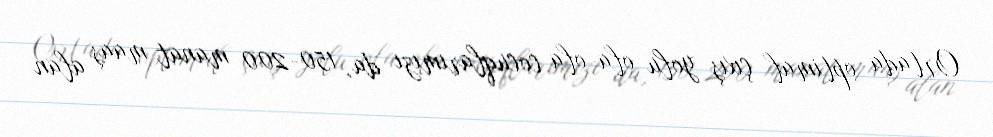
Ortada optimal çıxış yolu ola-ola cocuqlarımızı da, 150-200 manat maaş alan